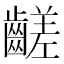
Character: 𪙉